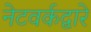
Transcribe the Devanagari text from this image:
नेटवर्कद्वारे